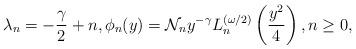
LaTeX: \begin{align*} \lambda_{n}=-\frac{\gamma}{2}+n,\phi_{n}(y)=\mathcal N_{n}y^{-\gamma}L^{(\omega/2)}_{n}\left(\frac{y^{2}}{4}\right), n\ge0, \end{align*}